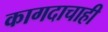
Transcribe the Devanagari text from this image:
कागदाचाही